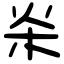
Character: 𣏦